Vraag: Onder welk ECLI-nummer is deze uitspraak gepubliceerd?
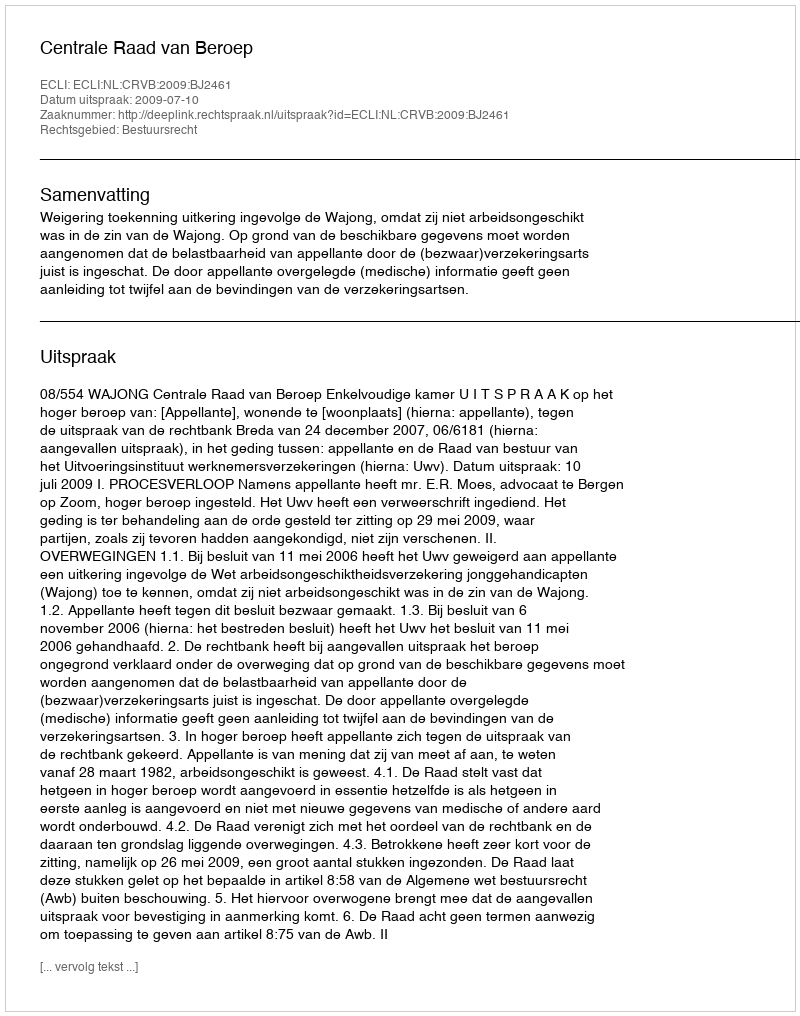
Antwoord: ECLI:NL:CRVB:2009:BJ2461